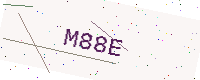
Text: M88E